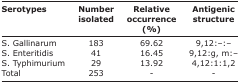
<table><thead><tr><td><b>Serotypes</b></td><td><b>Number isolated</b></td><td><b>Relative occurrence (%)</b></td><td><b>Antigenic structure</b></td></tr></thead><tbody><tr><td>S. Gallinarum</td><td>183</td><td>69.62</td><td>9,12:–:–</td></tr><tr><td>S. Enteritidis</td><td>41</td><td>16.45</td><td>9,12:g, m:–</td></tr><tr><td>S. Typhimurium</td><td>29</td><td>13.92</td><td>4,12:1:1,2</td></tr><tr><td>Total</td><td>253</td><td>-</td><td>-</td></tr></tbody></table>